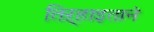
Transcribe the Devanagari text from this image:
तिऱ्हाइतानं